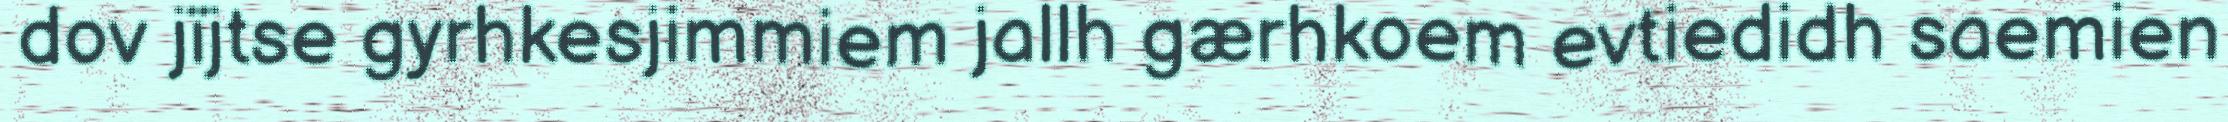
dov jïjtse gyrhkesjimmiem jallh gærhkoem evtiedidh saemien